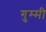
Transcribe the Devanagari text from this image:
गुम्मी